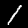
Label: 1